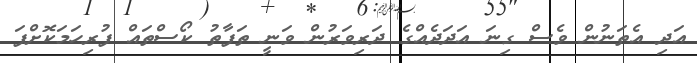
އަދި އެތަނުން ވެސް ގިނަ އަދަދެއްގެ ދަރިވަރުން ވަނީ ތަފާތު ކޯސްތައް ފުރިހަމަކޮށްފަ